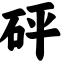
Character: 砰